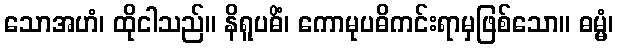
သောအဟံ၊ ထိုငါသည်။ နိရူပဓိံ၊ ကောမုပဓိကင်းရာမှဖြစ်သော။ ဓမ္မံ၊